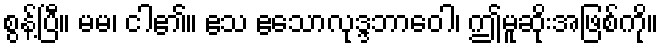
စွန့်ပြီ။ မမ၊ ငါ၏။ ဧသ ဧသောလုဒ္ဒဘာဝေါ၊ ဤမူဆိုးအဖြစ်ကို။